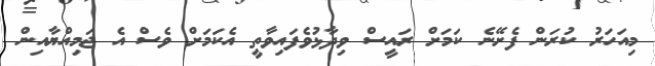
މިއަހަރު ކުރަން ފެށޭނެ ކަމަށް ރައީސް ވިދާޅުވެފައިވާތީ އެކަމަށް ވެސް އެ ޖަމިއްޔާއިން